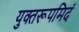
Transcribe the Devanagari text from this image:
युक्तरूपमिदं